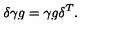
\delta \gamma g = \gamma g \delta ^ { T } .